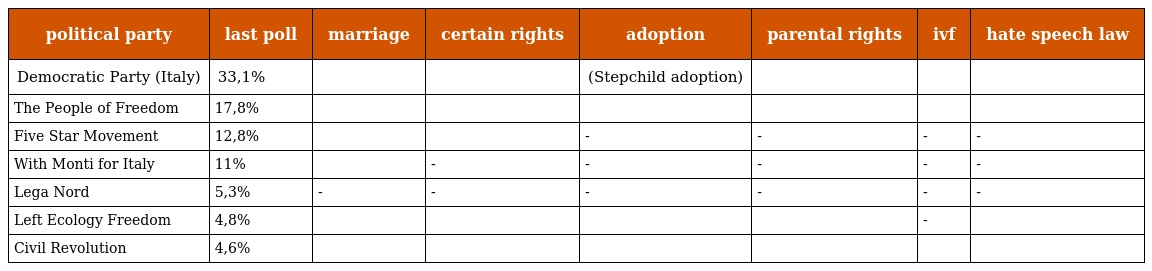
| political party | last poll | marriage | certain rights | adoption | parental rights | ivf | hate speech law |
 | --- | --- | --- | --- | --- | --- | --- | --- |
 | Democratic Party (Italy) | 33,1% |  |  | (Stepchild adoption) |  |  |  |
 | The People of Freedom | 17,8% |  |  |  |  |  |  |
 | Five Star Movement | 12,8% |  |  | - | - | - | - |
 | With Monti for Italy | 11% |  | - | - | - | - | - |
 | Lega Nord | 5,3% | - | - | - | - | - | - |
 | Left Ecology Freedom | 4,8% |  |  |  |  | - |  |
 | Civil Revolution | 4,6% |  |  |  |  |  |  |